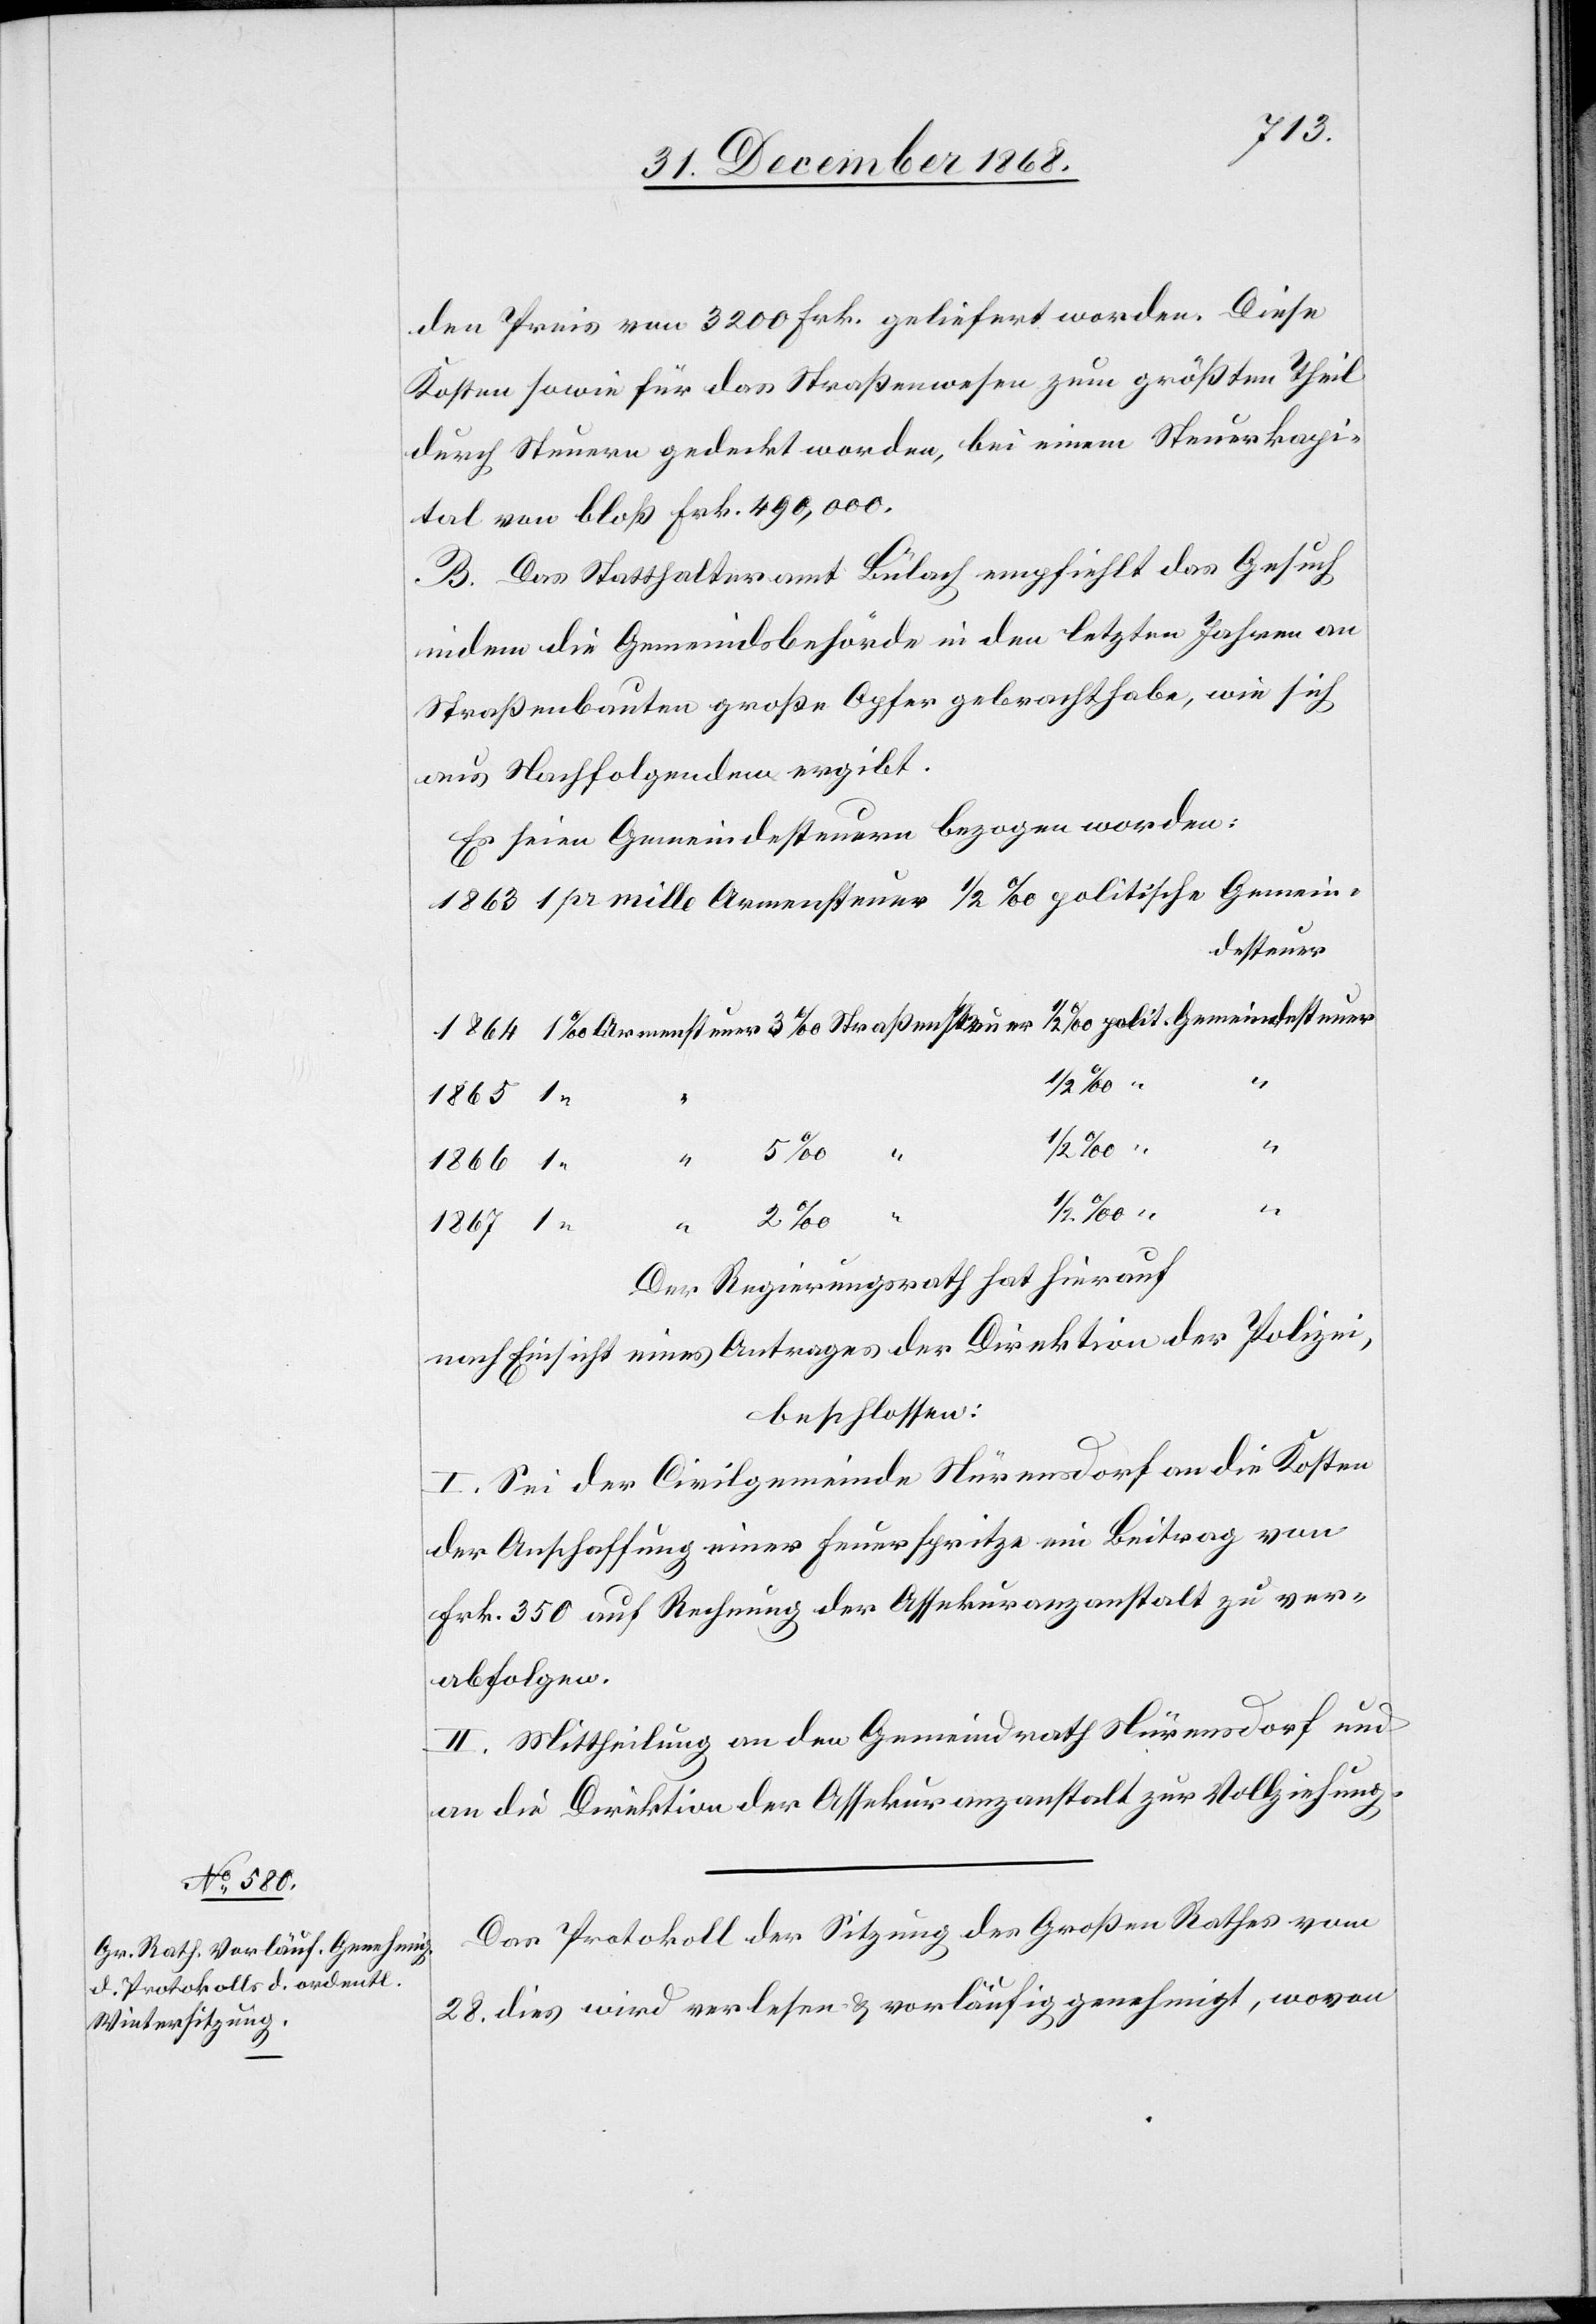
polit.
den Preis von 3200 Frk. geliefert worden. Diese
Kosten sowie [sic!] für das Straßenwesen zum größten Theil
durch Steuern gedeckt worden, bei einem Steuerkapi¬
tal von bloß Frk. 490,000.
B. Das Statthalteramt Bülach empfiehlt das Gesuch
indem die Gemeindsbehörde in den letzten Jahren an
Straßenbauten große Opfer gebracht habe, wie sich
aus Nachfolgendem ergibt.
Es seien Gemeindesteuern bezogen worden:
desteuer
1
1/2 ‰
1
Gemein¬
1867
Der Regierungsrath hat hierauf
nach Einsicht eines Antrages der Direktion der Polizei,
beschlossen:
I. Sei der Civilgemeinde Nürensdorf an die Kosten
der Anschaffung einer Feuerspritze ein Beitrag von
Frk. 350 auf Rechnung der Assekuranzanstalt zu ver¬
abfolgen.
II. Mittheilung an den Gemeindrath Nürensdorf und
an die Direktion der Assekuranzanstalt zur Vollziehung.
Das Protokoll der Sitzung des Großen Rathes vom
28. dies wird verlesen & vorläufig genehmigt, wovon